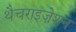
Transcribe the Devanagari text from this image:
थैचराइज़ेशन